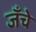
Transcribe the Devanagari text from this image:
जँचे